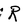
Character: R